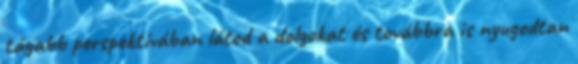
tágabb perspektívában látod a dolgokat és továbbra is nyugodtan